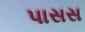
પાસસ